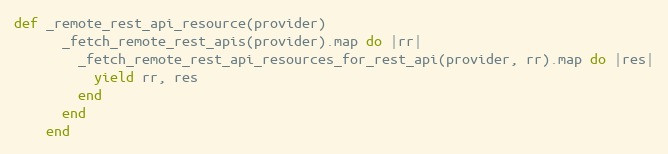
Language: Ruby
def _remote_rest_api_resource(provider)
      _fetch_remote_rest_apis(provider).map do |rr|
        _fetch_remote_rest_api_resources_for_rest_api(provider, rr).map do |res|
          yield rr, res
        end
      end
    end